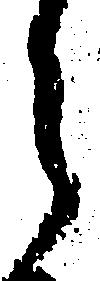
ら